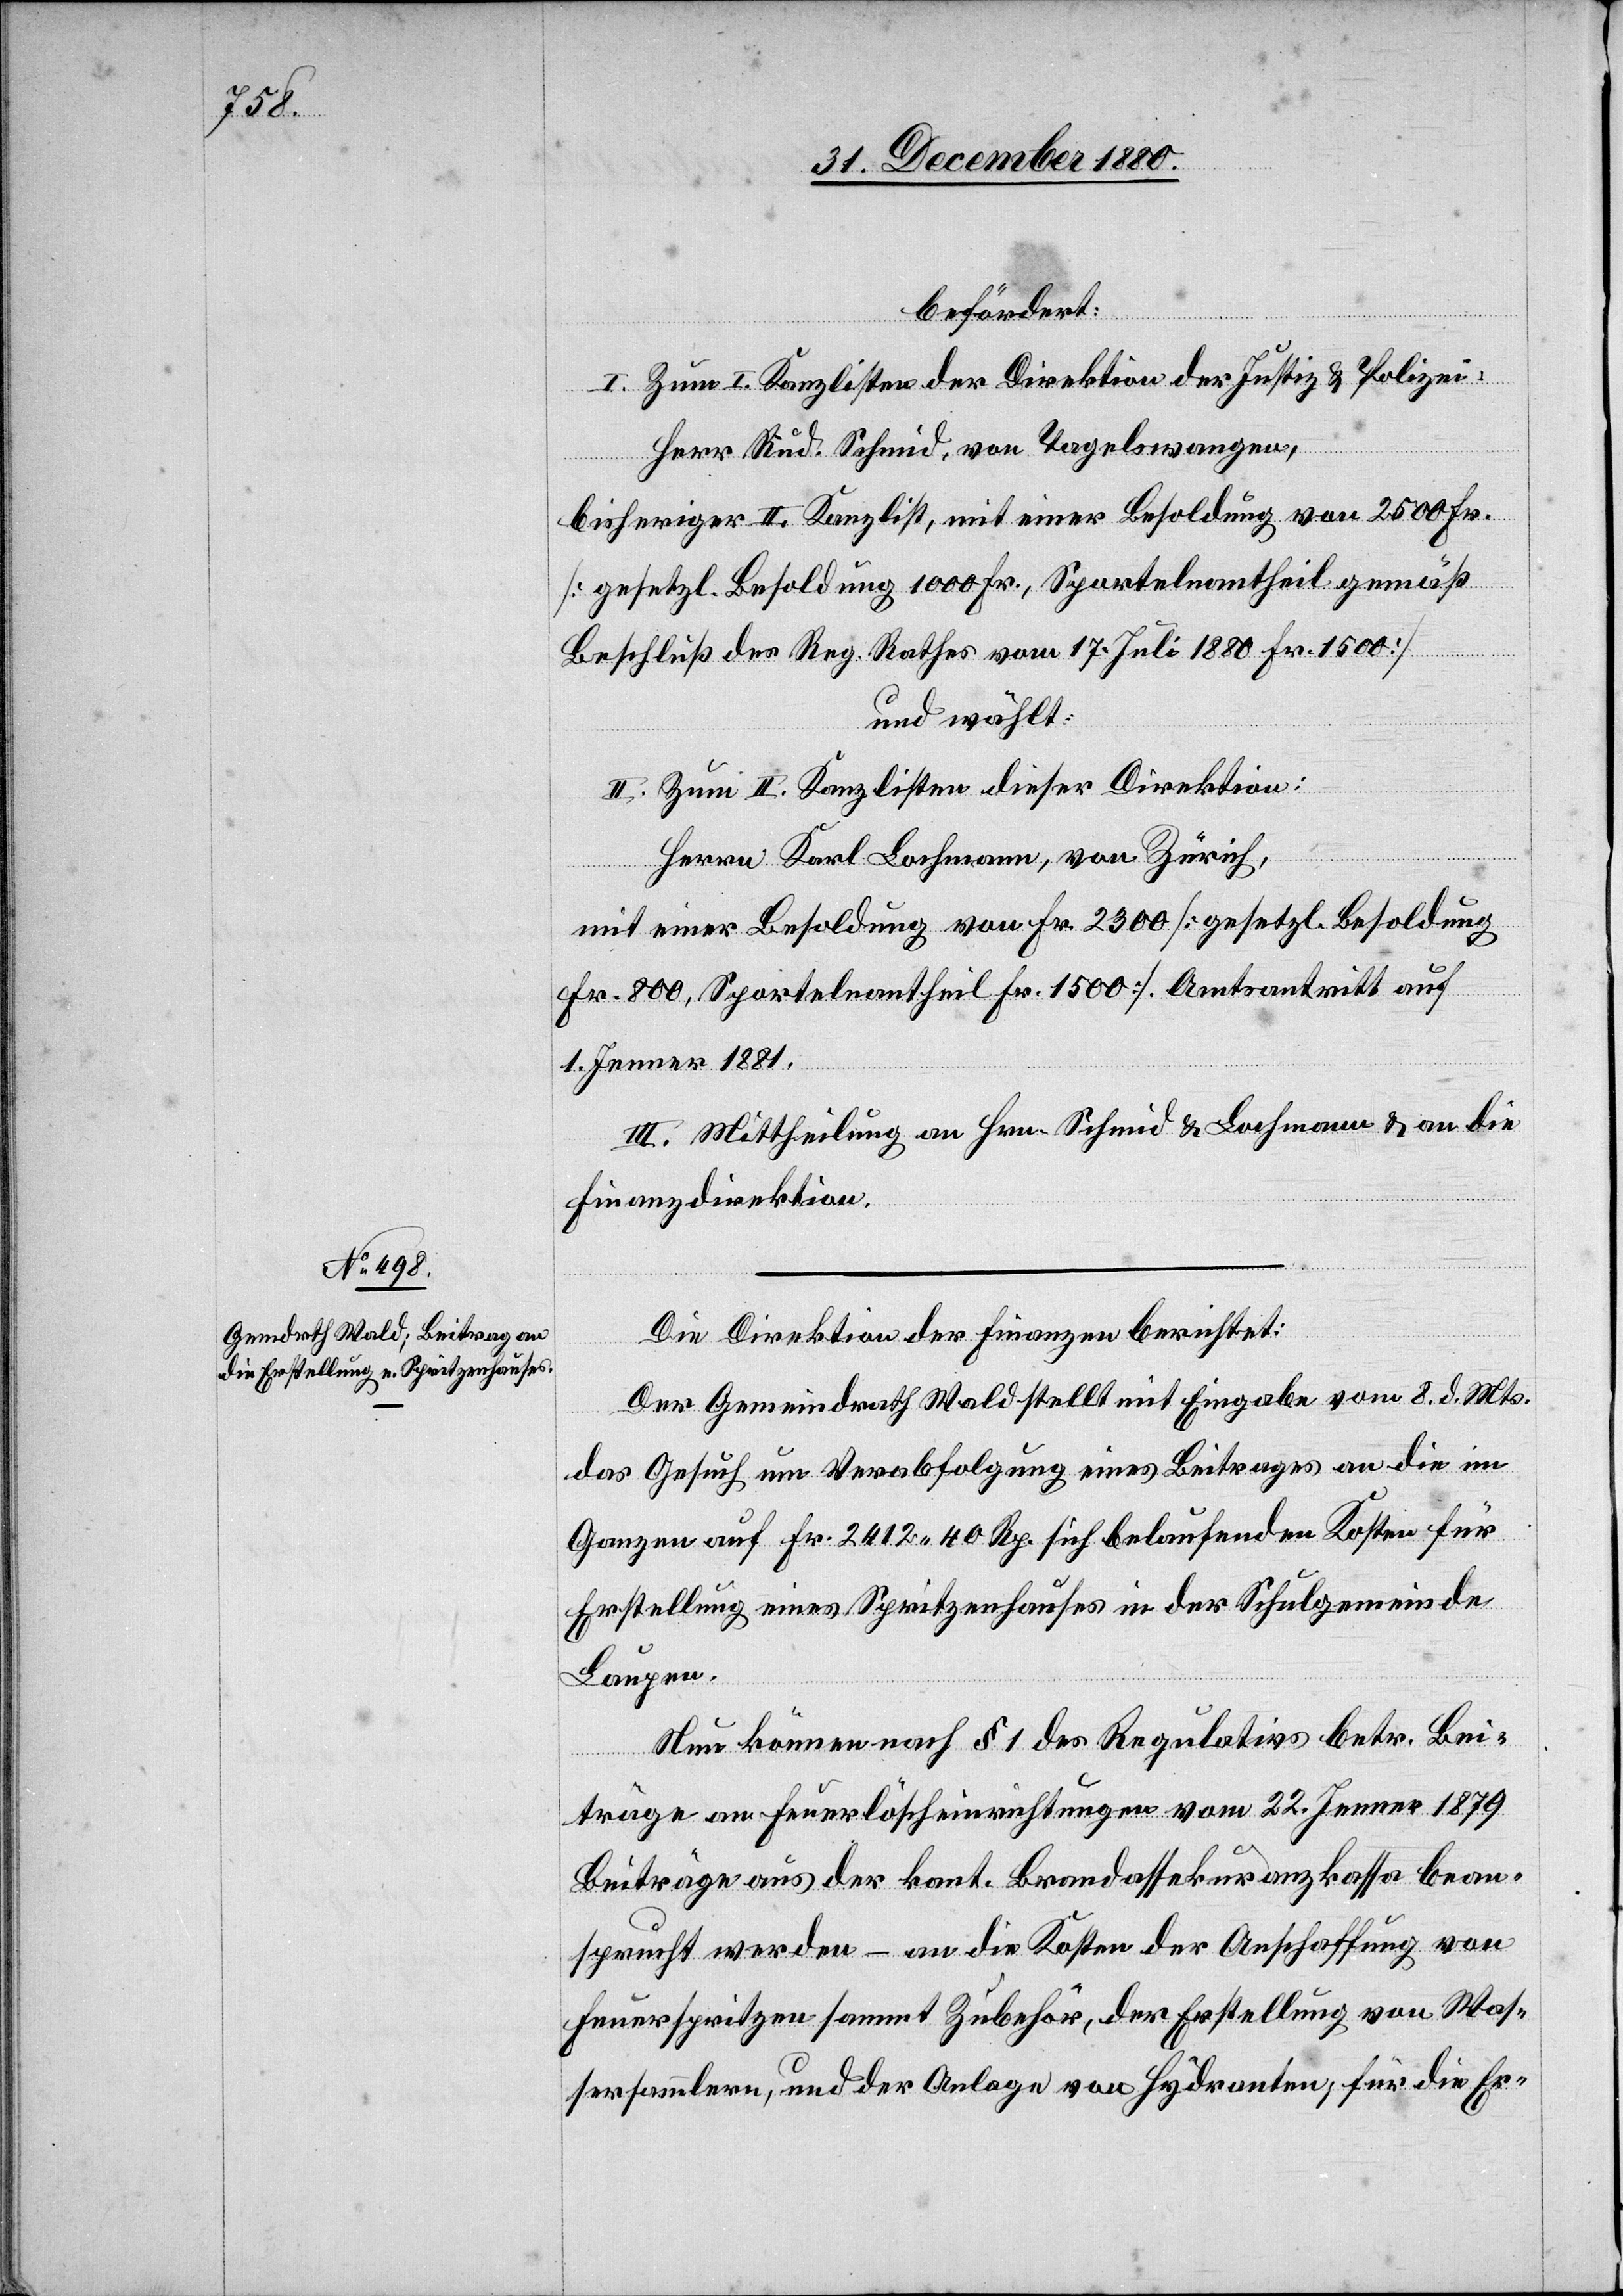
befördert:
I. Zum I. Kanzlisten der Direktion der Justiz- & Polizei:
Herr Rud. Schmid, von Tagelswangen,
bisheriger II. Kanzlist, mit einer Besoldung von 2500 Fr.
[gesetzl. Besoldung 1000 Fr., Sportelnantheil gemäß
Beschluß des Reg. Rathes vom 17. Juli 1880 Fr. 1500]
und wählt:
II. Zum II. Kanzlisten dieser Direktion:
Herrn Karl Lochmann, von Zürich,
mit einer Besoldung von Fr. 2300 [gesetzl. Besoldung
Fr. 800, Sportelnantheil Fr. 1500]. Amtsantritt auf
1. Jenner 1881.
III. Mittheilung an Hrn. Schmid & Lochmann & an die
Finanzdirektion.
Die Direktion der Finanzen berichtet:
Der Gemeindrath Wald stellt mit Eingabe vom 8. d. Mts.
das Gesuch um Verabfolgung eines Beitrages an die im
Ganzen auf Fr. 2412 40 Rp. sich belaufenden Kosten für
Erstellung eines Spritzenhauses in der Schulgemeinde
Laupen.
Nun können nach § 1 des Regulativs betr. Bei¬
träge aus der kant. Brandassekuranzkassa bean¬
sprucht werden – an die Kosten der Anschaffung von
Feuerspritzen sammt Zubehör, der Erstellung von Was¬
sersammlern, und der Anlage von Hydranten, für die Er-